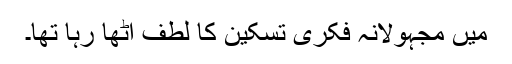
میں مجہولانہ فکری تسکین کا لطف اٹھا رہا تھا۔